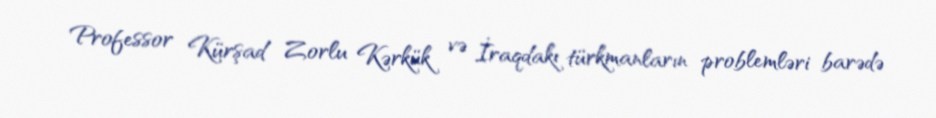
Professor Kürşad Zorlu Kərkük və İraqdakı türkmanların problemləri barədə